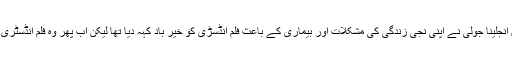
تفصیلات کے مطابق انجلینا جولی نے اپنی نجی زندگی کی مشکلات اور بیماری کے باعث فلم انڈسڑی کو خیر باد کہہ دیا تھا لیکن اب پھر وہ فلم انڈسٹری میں جلوہ گر ہونگیں۔